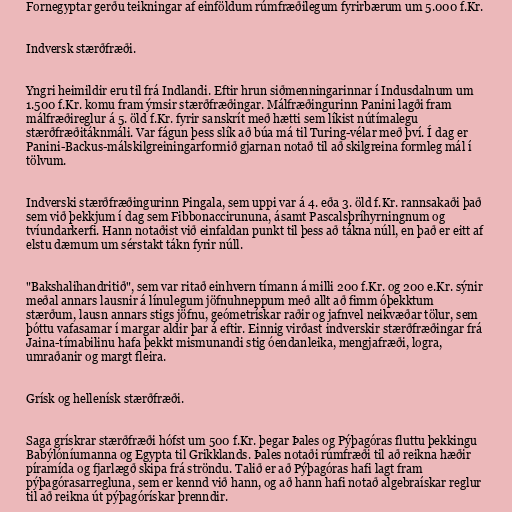
Fornegyptar gerðu teikningar af einföldum rúmfræðilegum fyrirbærum um 5.000 f.Kr.

Indversk stærðfræði.

Yngri heimildir eru til frá Indlandi. Eftir hrun siðmenningarinnar í Indusdalnum um
1.500 f.Kr. komu fram ýmsir stærðfræðingar. Málfræðingurinn Panini lagði fram
málfræðireglur á 5. öld f.Kr. fyrir sanskrít með hætti sem líkist nútímalegu
stærðfræðitáknmáli. Var fágun þess slík að búa má til Turing-vélar með því. Í dag er
Panini-Backus-málskilgreiningarformið gjarnan notað til að skilgreina formleg mál í
tölvum.

Indverski stærðfræðingurinn Pingala, sem uppi var á 4. eða 3. öld f.Kr. rannsakaði það
sem við þekkjum í dag sem Fibbonaccirununa, ásamt Pascalsþríhyrningnum og
tvíundarkerfi. Hann notaðist við einfaldan punkt til þess að tákna núll, en það er eitt af
elstu dæmum um sérstakt tákn fyrir núll.

"Bakshalihandritið", sem var ritað einhvern tímann á milli 200 f.Kr. og 200 e.Kr. sýnir
meðal annars lausnir á línulegum jöfnuhneppum með allt að fimm óþekktum
stærðum, lausn annars stigs jöfnu, geómetrískar raðir og jafnvel neikvæðar tölur, sem
þóttu vafasamar í margar aldir þar á eftir. Einnig virðast indverskir stærðfræðingar frá
Jaina-tímabilinu hafa þekkt mismunandi stig óendanleika, mengjafræði, logra,
umraðanir og margt fleira.

Grísk og hellenísk stærðfræði.

Saga grískrar stærðfræði hófst um 500 f.Kr. þegar Þales og Pýþagóras fluttu þekkingu
Babýlóníumanna og Egypta til Grikklands. Þales notaði rúmfræði til að reikna hæðir
píramída og fjarlægð skipa frá ströndu. Talið er að Pýþagóras hafi lagt fram
pýþagórasarregluna, sem er kennd við hann, og að hann hafi notað algebraískar reglur
til að reikna út pýþagórískar þrenndir.